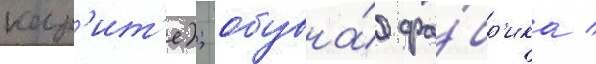
кар'ит'е); обувна́я фа́бр'ика /